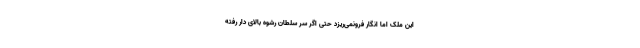
این مُلک اما انگار فرونمی‌ریزد حتی اگر سر سلطان رشوه بالای دار رفته